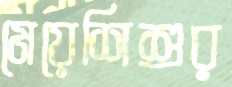
মেয়েশিশুর